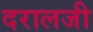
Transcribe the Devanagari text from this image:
दरालजी